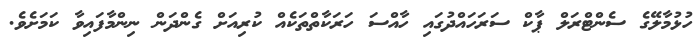
ހުޅުމާލޭގެ ސެންޓްރަލް ޕާކް ސަރަހައްދުގައި ހާއްސަ ހަރަކާތްތަކެއް ކުރިއަށް ގެންދަން ނިންމާފައިވާ ކަމަށެވެ.